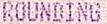
ROUNDING